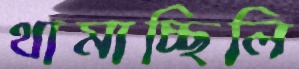
থামাচ্ছিলি